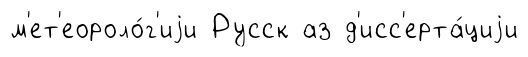
м'ет'еороло́г'иjи Русск аз д'исс'ерта́циjи